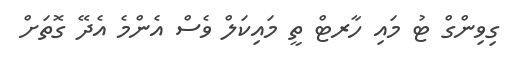
ގިވިންގް ޓު މައި ހާރޓް ތީ މައިކަލް ވެސް އެންމެ އެދޭ ގޮތަށް